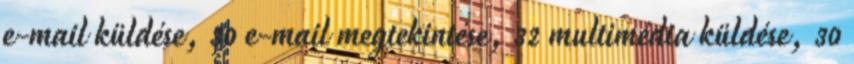
e-mail küldése, 30 e-mail megtekintése, 32 multimédia küldése, 30